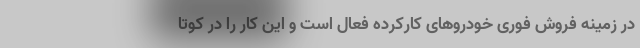
در زمینه فروش فوری خودروهای کارکرده فعال است و این کار را در کوتا